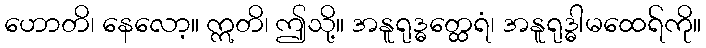
ဟောတိ၊ နေလော့။ ဣတိ၊ ဤသို့။ အနူရုဒ္ဓတ္ထေရံ၊ အနူရုဒ္ဓါမထေရ်ကို။